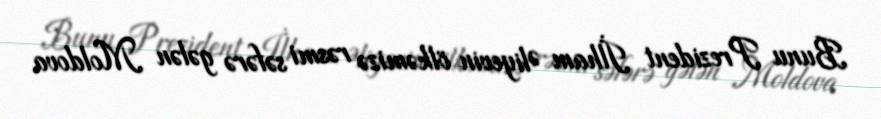
Bunu Prezident İlham Əliyevin ölkəmizə rəsmi səfərə gələn Moldova